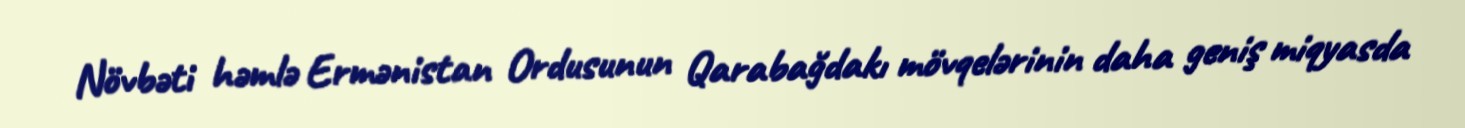
Növbəti həmlə Ermənistan Ordusunun Qarabağdakı mövqelərinin daha geniş miqyasda